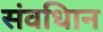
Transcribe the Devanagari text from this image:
संवधिान